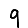
Digit: 9